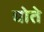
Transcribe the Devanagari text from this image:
घोते